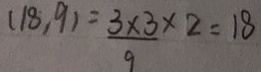
( 1 8 , 9 ) = \frac { 3 \times 3 } { 9 } \times 2 = 1 8